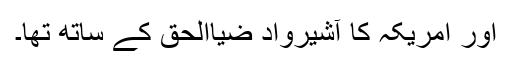
اور امریکہ کا آشیرواد ضیاالحق کے ساتھ تھا۔